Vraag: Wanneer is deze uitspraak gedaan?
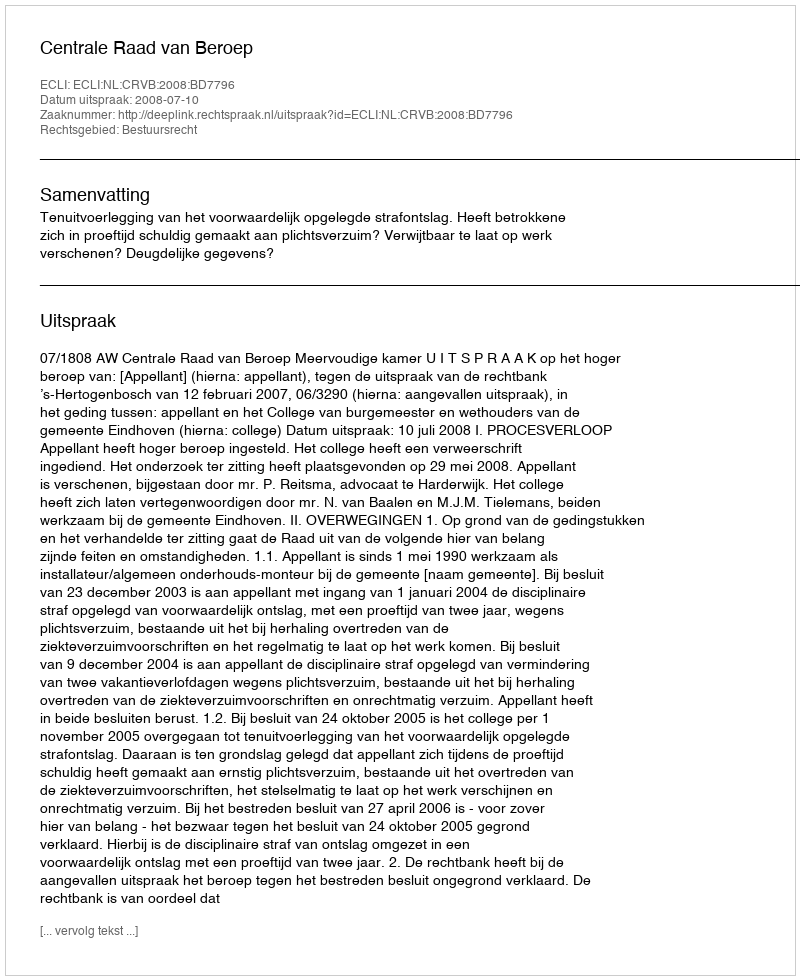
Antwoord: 2008-07-10